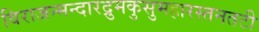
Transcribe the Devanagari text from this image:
विराजन्मन्दारद्रुमकुसुमहारस्तनतटी